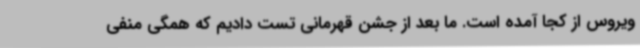
ویروس از کجا آمده است. ما بعد از جشن قهرمانی تست دادیم که همگی منفی